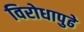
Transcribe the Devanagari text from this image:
विरोधापुढे